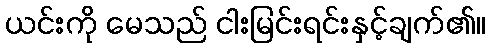
ယင်းကို မေသည် ငါးမြင်းရင်းနှင့်ချက်၏။